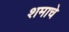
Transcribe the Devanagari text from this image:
शमाचे